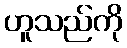
ဟူသည်ကို